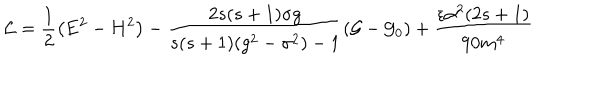
LaTeX: \mathcal { L } = \frac 1 2 \left( \mathbf { E } ^ { 2 } - \mathbf { H } ^ { 2 } \right) - \frac { 2 s ( s + 1 ) \sigma g } { s ( s + 1 ) ( g ^ { 2 } - \sigma ^ { 2 } ) - 1 } \left( \mathcal { G } - \mathcal { G } _ { 0 } \right) + \frac { \epsilon \alpha ^ { 2 } ( 2 s + 1 ) } { 9 0 m ^ { 4 } }